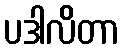
ပဒါလိတာ